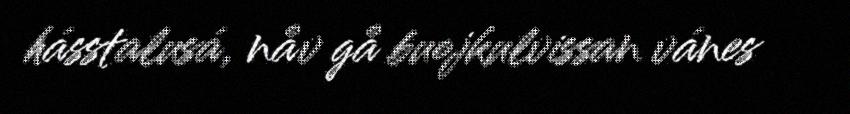
hásstalusá, nåv gå buojkulvissan vánes